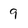
Character: 9